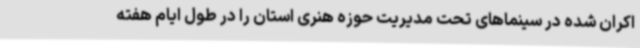
اکران شده در سینماهای تحت مدیریت حوزه هنری استان را در طول ایام هفته